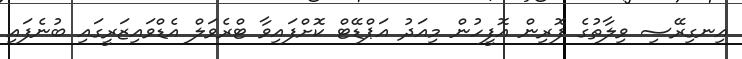
އިނގިރޭސި ވިލާތުގެ ފޮރިން އޮފީހުން މިއަދު އަޕްޑޭޓް ކޮށްފައިވާ ޓްރެވަލް އެޑްވައިޒަރީގައި ބުނެފައި